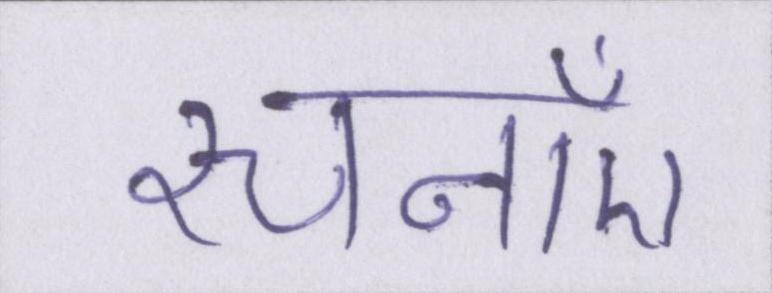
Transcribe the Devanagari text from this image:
रचनाएँ